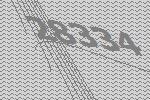
28334